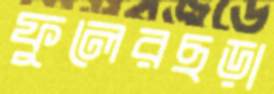
ফুলেরছড়া